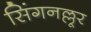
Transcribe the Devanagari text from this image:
सिंगनल्लूर